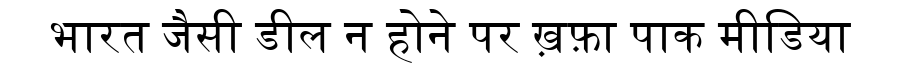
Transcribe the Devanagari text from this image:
भारत जैसी डील न होने पर ख़फ़ा पाक मीडिया